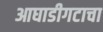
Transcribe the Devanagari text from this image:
आघाडीगटाचा